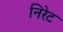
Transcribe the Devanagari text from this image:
निरेट